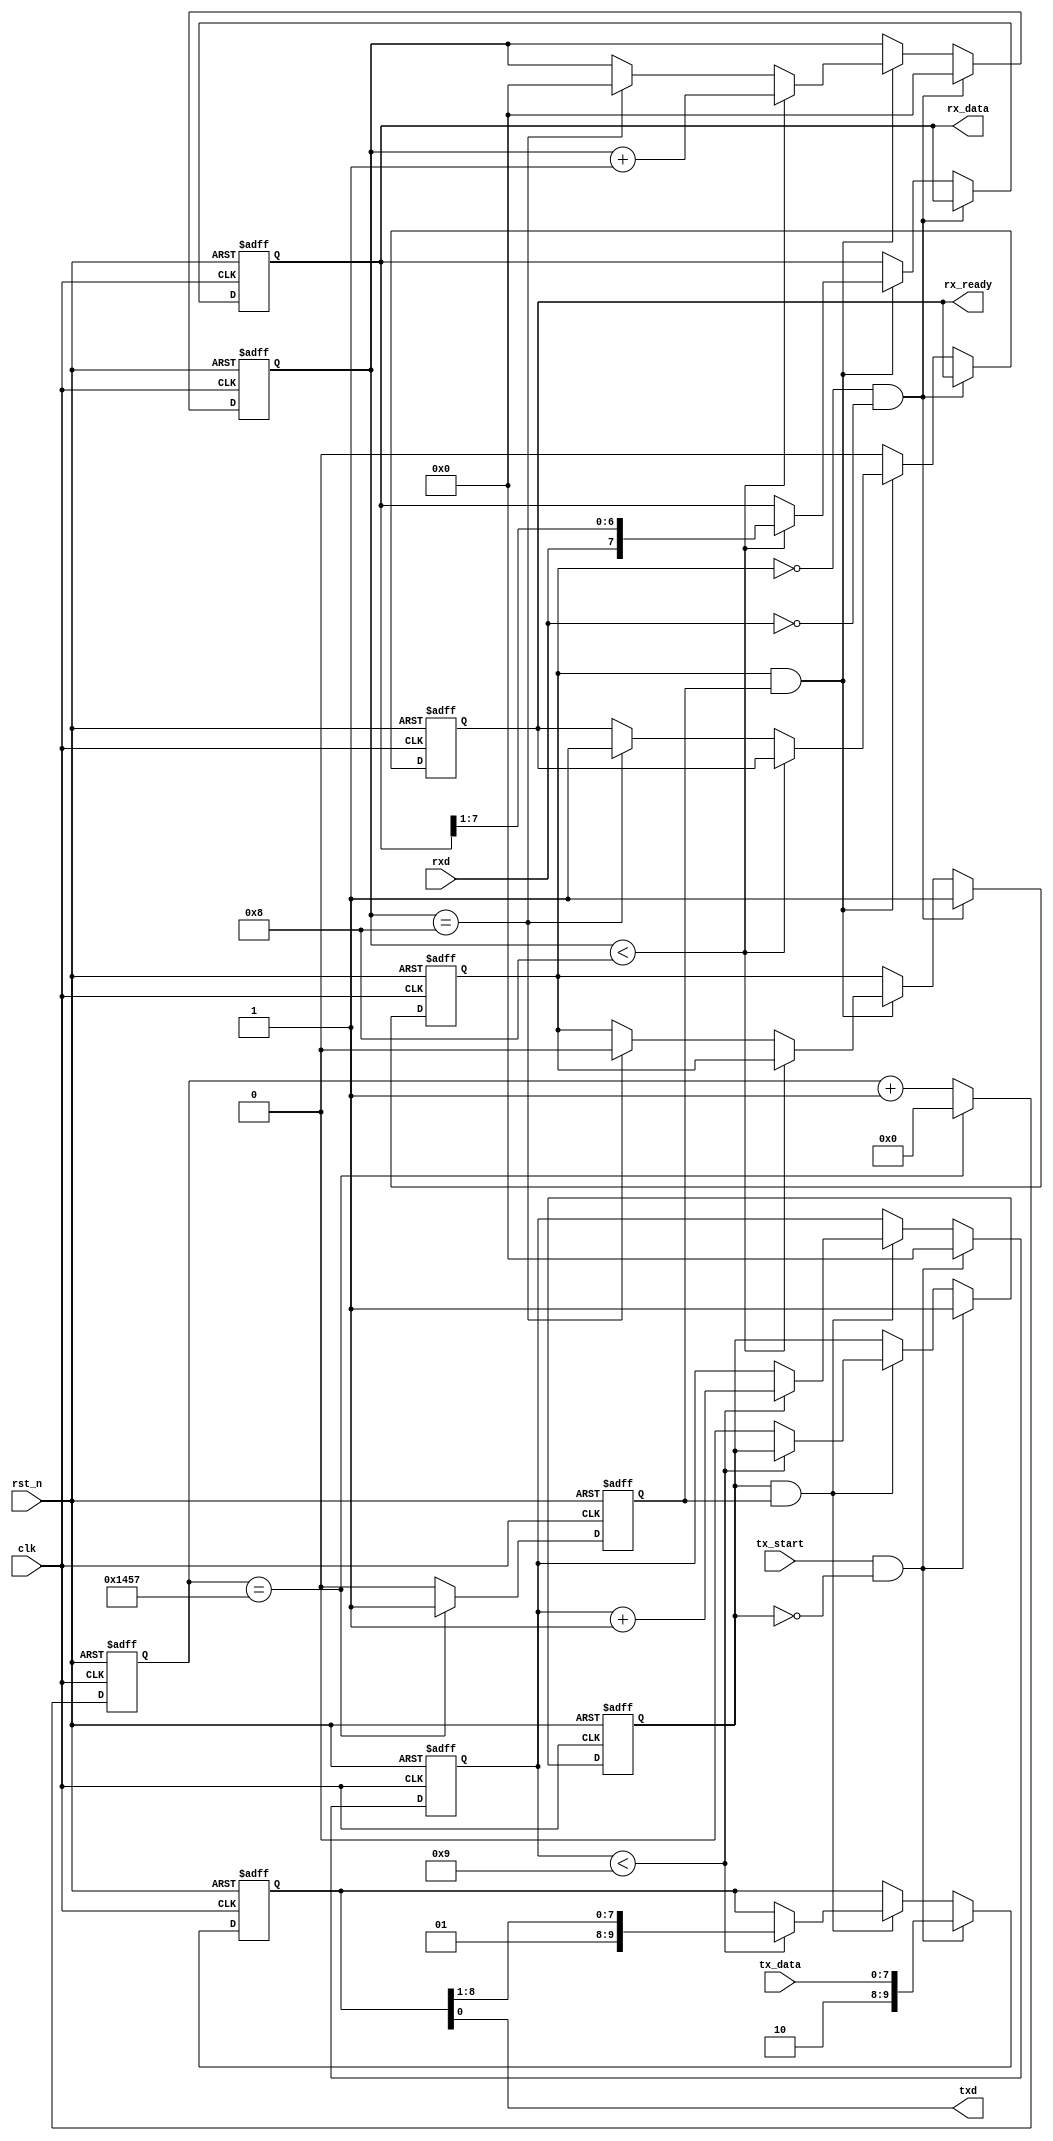
module parameterized_uart #(
    parameter BAUD_RATE = 9600,
    parameter DATA_BITS = 8,
    parameter STOP_BITS = 1,
    parameter PARITY = "NONE", // "NONE", "EVEN", "ODD"
    parameter CLOCK_FREQ = 50000000 // 50 MHz
)(
    input wire clk,
    input wire rst_n,
    input wire tx_start,
    input wire [DATA_BITS-1:0] tx_data,
    output wire txd,
    output wire rx_ready,
    output wire [DATA_BITS-1:0] rx_data,
    input wire rxd
);

    // Baud rate generation
    localparam BAUD_DIV = CLOCK_FREQ / BAUD_RATE;
    reg [15:0] baud_counter = 0;
    reg baud_tick = 0;

    always @(posedge clk or negedge rst_n) begin
        if (!rst_n) begin
            baud_counter <= 0;
            baud_tick <= 0;
        end else begin
            if (baud_counter == (BAUD_DIV - 1)) begin
                baud_counter <= 0;
                baud_tick <= 1;
            end else begin
                baud_counter <= baud_counter + 1;
                baud_tick <= 0;
            end
        end
    end

    // Transmitter
    reg [DATA_BITS + 1 + (PARITY != "NONE") + STOP_BITS - 1:0] tx_shift_reg;
    reg [3:0] tx_bit_index = 0;
    reg tx_busy = 0;

    assign txd = tx_shift_reg[0];

    always @(posedge clk or negedge rst_n) begin
        if (!rst_n) begin
            tx_shift_reg <= 0;
            tx_bit_index <= 0;
            tx_busy <= 0;
        end else if (tx_start && !tx_busy) begin
            tx_busy <= 1;
            tx_bit_index <= 0;

            // Start bit
            tx_shift_reg <= {1'b1, {STOP_BITS{1'b1}}, (PARITY == "NONE") ? 1'b0 : (PARITY == "EVEN" ? ^tx_data : ~^tx_data), tx_data};
        end else if (tx_busy && baud_tick) begin
            if (tx_bit_index < (DATA_BITS + STOP_BITS + (PARITY != "NONE"))) begin
                tx_shift_reg <= {1'b1, tx_shift_reg[DATA_BITS + STOP_BITS + (PARITY != "NONE") - 1:1]};
                tx_bit_index <= tx_bit_index + 1;
            end else begin
                tx_busy <= 0;
            end
        end
    end

    // Receiver
    reg [DATA_BITS - 1:0] rx_shift_reg;
    reg [3:0] rx_bit_index = 0;
    reg rx_busy = 0;
    reg rx_valid = 0;
    reg [2:0] state = 0;

    assign rx_ready = rx_valid;
    assign rx_data = rx_shift_reg;

    always @(posedge clk or negedge rst_n) begin
        if (!rst_n) begin
            rx_shift_reg <= 0;
            rx_bit_index <= 0;
            rx_busy <= 0;
            rx_valid <= 0;
        end else if (!rx_busy && !rxd) begin // Start bit detected
            rx_busy <= 1;
            rx_bit_index <= 0;
        end else if (rx_busy && baud_tick) begin
            if (rx_bit_index < DATA_BITS) begin
                rx_shift_reg <= {rxd, rx_shift_reg[DATA_BITS - 1:1]};
                rx_bit_index <= rx_bit_index + 1;
            end else if (rx_bit_index == DATA_BITS) begin
                // Check parity if necessary
                if (PARITY == "NONE") begin
                    rx_valid <= 1;
                end else if (PARITY == "EVEN" && ^rx_shift_reg == rxd) begin
                    rx_valid <= 1;
                end else if (PARITY == "ODD" && ^rx_shift_reg != rxd) begin
                    rx_valid <= 1;
                end
                rx_busy <= 0;
                rx_bit_index <= 0;
            end
        end else if (rx_valid) begin
            rx_valid <= 0; // Clear valid flag after reading data
        end
    end

endmodule